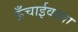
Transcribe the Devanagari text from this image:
ऊँचाईवाला